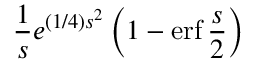
{ \frac { 1 } { s } } e ^ { ( 1 / 4 ) s ^ { 2 } } \left( 1 - \operatorname { e r f } { \frac { s } { 2 } } \right)